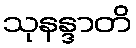
သုနန္ဒာတိ